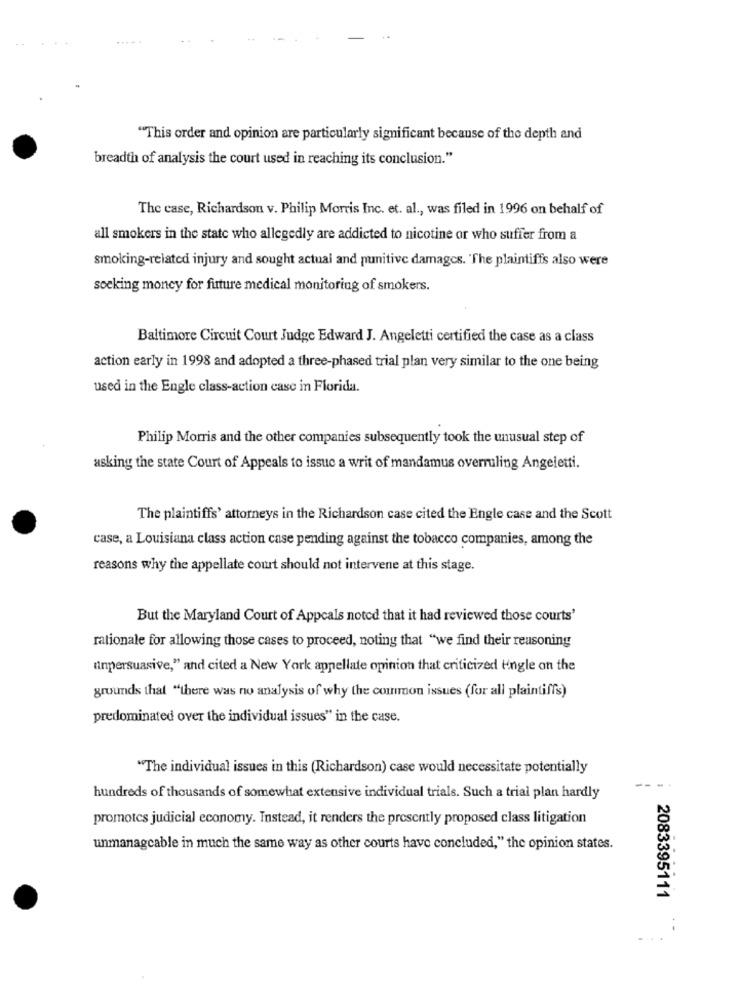
"This order and opinion are particularly significant because of the depth and
breadth of analysis the court used in reaching its conclusion."
The case, Richardson v. Philip Morris Inc. et. al ., was filed in 1996 on behalf of
all smokers in the state who allegedly are addicted to nicotine or who suffer from a
smoking-related injury and sought actual and punitive damages. The plaintiffs also were
socking money for future medical monitoring of smokers.
Baltimore Circuit Court Judge Edward J. Angeletti certified the case as a class
action early in 1998 and adopted a three-phased trial plan very similar to the one being
used in the Engle class-action case in Florida.
Philip Morris and the other companies subsequently took the unusual step of
asking the state Court of Appeals to issue a writ of mandamus overruling Angeletti.
The plaintiffs' attorneys in the Richardson case cited the Engle case and the Scott
case, a Louisiana class action case pending against the tobacco companies, among the
reasons why the appellate court should not intervene at this stage.
But the Maryland Court of Appeals noted that it had reviewed those courts'
rationale for allowing those cases to proceed, noting that "we find their reasoning
unpersuasive," and cited a New York appellate opinion that criticized tingle on the
grounds that "there was no analysis of why the common issues (for all plaintiffs)
predominated over the individual issues" in the case.
"The individual issues in this (Richardson) case would necessitate potentially
hundreds of thousands of somewhat extensive individual trials. Such a trial plan hardly
promotes judicial economy. Instead, it renders the presently proposed class litigation
unmanageable in much the same way as other courts have concluded," the opinion states.
2083395111